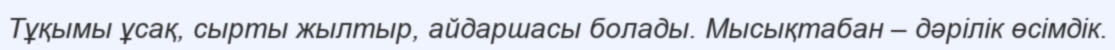
Тұқымы ұсақ, сырты жылтыр, айдаршасы болады. Мысықтабан – дәрілік өсімдік.